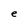
Character: e